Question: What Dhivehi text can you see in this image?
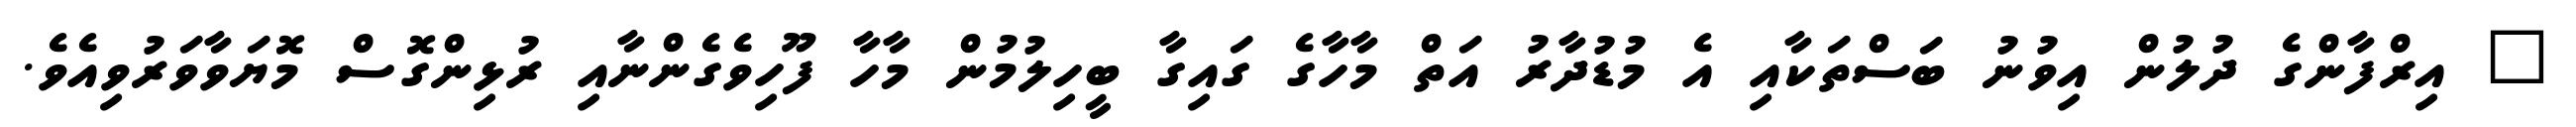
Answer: " އިރްފާންގެ ދުލުން އިވުނު ބަސްތަކާއި އެ މުޑުދާރު އަތް މާހާގެ ގައިގާ ބީހިލުމުން މާހާ ފޫހިވެގެންނާއި ރުޅިންގޮސް މޮޔަވާވަރުވިއެވެ.